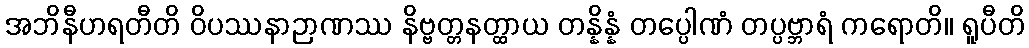
အဘိနီဟရတီတိ ဝိပဿနာဉာဏဿ နိဗ္ဗတ္တနတ္ထာယ တန္နိန္နံ တပ္ပေါဏံ တပ္ပဗ္ဘာရံ ကရောတိ။ ရူပီတိ